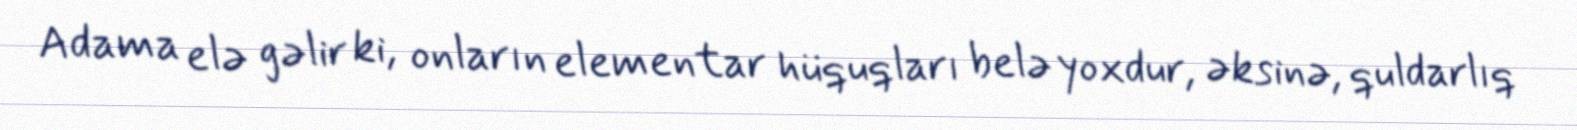
Adama elə gəlir ki, onların elementar hüquqları belə yoxdur, əksinə, quldarlıq